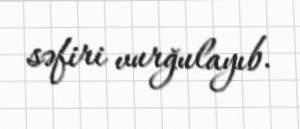
səfiri vurğulayıb.